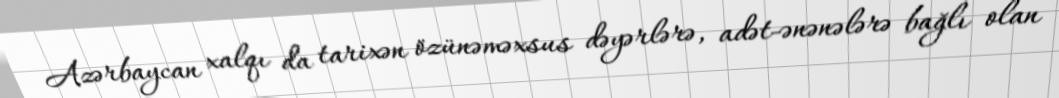
Azərbaycan xalqı da tarixən özünəməxsus dəyərlərə, adət-ənənələrə bağlı olan